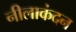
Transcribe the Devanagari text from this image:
नीलाकंदन